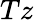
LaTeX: Tz